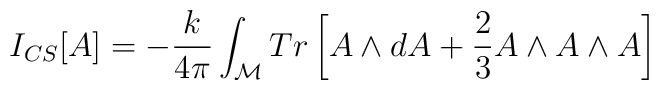
I_{CS}[A] = -\frac{k}{4\pi}\int_{\mathcal{M}}Tr\left[A\wedge dA + \frac{2}{3}A\wedge A\wedge A\right]